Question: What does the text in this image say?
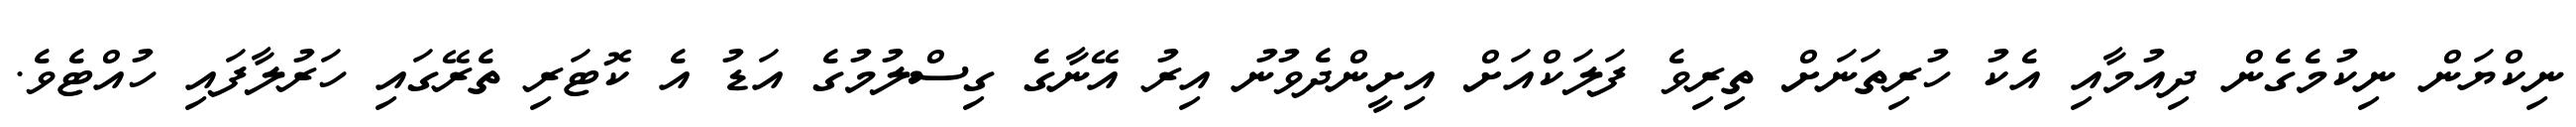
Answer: ނިކްޔަން ނިކުމެގެން ދިއުމާއި އެކު ހުރިތަނަށް ތިރިވެ ފަލަކްއަށް އިށީންދެވުނު އިރު އޭނާގެ ގިސްލުމުގެ އަޑު އެ ކޮޓަރި ތެރޭގައި ހަރުލާފައި ހުއްޓެވެ.